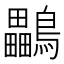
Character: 鸓